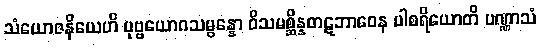
သံယောဇနိယေဟိ ပုဗ္ဗယောဂသမ္ပန္နော ဝိသမစ္ဆိန္နတဋဘာဝေန ပါစရိယောတိ ပဏ္ဏာသံ